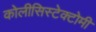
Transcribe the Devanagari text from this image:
कोलीसिस्टेक्टोमी